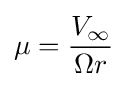
\mu ={\frac {V_{\infty }}{\Omega r}}